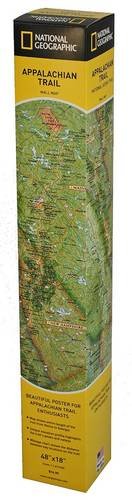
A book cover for Appalachian Trail Wall Map [Boxed] (National Geographic Reference Map); National Geographic Maps - Reference; Reference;